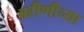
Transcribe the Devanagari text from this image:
बहीणीच्या